Source: Handwritten
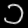
Digit: ၁ (1)